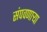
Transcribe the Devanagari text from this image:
संपवणाऱ्या